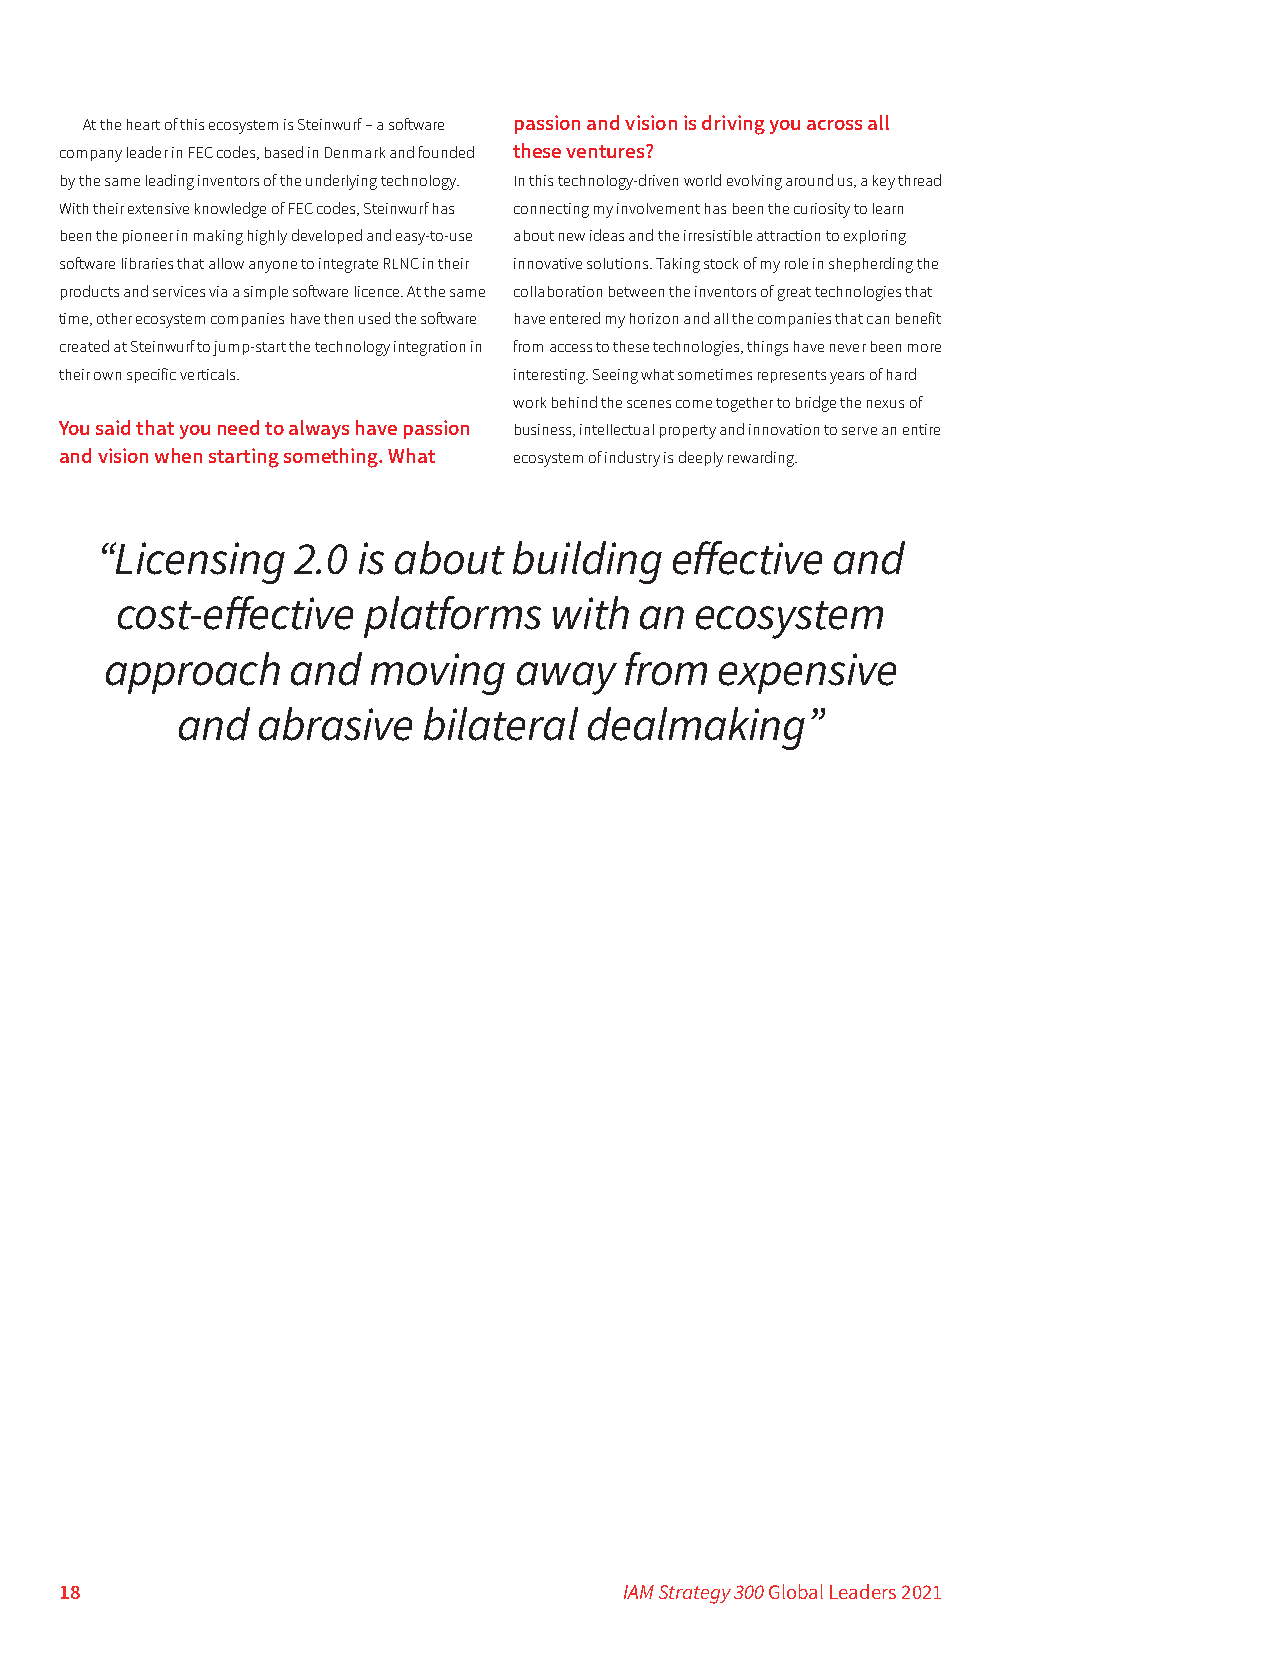
At the heart of this ecosystem is Steinwurf – a software passion and vision is driving you across all
 company leader in FEC codes, based in Denmark and founded these ventures?
 by the same leading inventors of the underlying technology. In this technology-driven world evolving around us, a key thread
 With their extensive knowledge of FEC codes, Steinwurf has connecting my involvement has been the curiosity to learn
 been the pioneer in making highly developed and easy-to-use about new ideas and the irresistible attraction to exploring
 software libraries that allow anyone to integrate RLNC in their innovative solutions. Taking stock of my role in shepherding the
 products and services via a simple software licence. At the same collaboration between the inventors of great technologies that
 time, other ecosystem companies have then used the software have entered my horizon and all the companies that can benefit
 created at Steinwurf to jump-start the technology integration in from access to these technologies, things have never been more
 their own specific verticals. interesting. Seeing what sometimes represents years of hard
 work behind the scenes come together to bridge the nexus of
 You said that you need to always have passion business, intellectual property and innovation to serve an entire
 and vision when starting something. What ecosystem of industry is deeply rewarding.
 “Licensing   2.0  is about  building  effective  and
 cost-effective  platforms   with  an  ecosystem
 approach    and  moving    away   from   expensive
 and  abrasive   bilateral  dealmaking”
 18                                   IAM Strategy 300 Global Leaders 2021